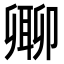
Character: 𠨥